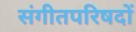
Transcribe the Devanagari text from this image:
संगीतपरिषदों